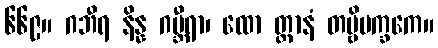
၆၆၉။ ဂဘီရ နိန္န ဂမ္ဘီရာ၊ ထော တ္တာနံ တဗ္ဗိပက္ခကေ။